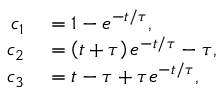
\begin{array} { r l } { c _ { 1 } } & { { } = 1 - e ^ { - t / \tau } , } \\ { c _ { 2 } } & { { } = \left( t + \tau \right) e ^ { - t / \tau } - \tau , } \\ { c _ { 3 } } & { { } = t - \tau + \tau e ^ { - t / \tau } , } \end{array}